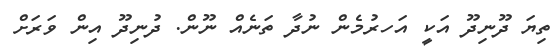
ތިޔަ ދޫނިދޫ އަކީ އަހރުމެން ނުދާ ތަނެއް ނޫން. ދުނިދޫ އިން ވަރަށް